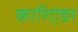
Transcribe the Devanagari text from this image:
कारिएंडर